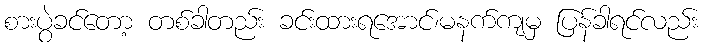
စားပွဲခင်တော့ တစ်ခါတည်း ခင်းထားရအောင်၊မနက်ကျမှ ပြန်ခါရင်လည်း